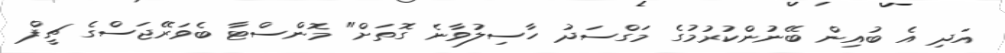
އަދި އެ ބުއިން ބޭނުންކުރުމުގެ މަގްސަދު ހާސިލުވާނެ ގޮތަށް" މޮންސްޓާ ބެވަރޭޖަސްގެ ޗީފް